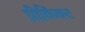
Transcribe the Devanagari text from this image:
प्रीकिंक्ट